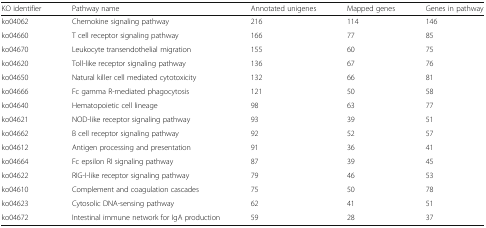
| KO identifier | Pathway name | Annotated unigenes | Mapped genes | Genes in pathway |
 | --- | --- | --- | --- | --- |
 | ko04062 | Chemokine signaling pathway | 216 | 114 | 146 |
 | ko04660 | T cell receptor signaling pathway | 166 | 77 | 85 |
 | ko04670 | Leukocyte transendothelial migration | 155 | 60 | 75 |
 | ko04620 | Toll-like receptor signaling pathway | 136 | 67 | 76 |
 | ko04650 | Natural killer cell mediated cytotoxicity | 132 | 66 | 81 |
 | ko04666 | Fc gamma R-mediated phagocytosis | 121 | 50 | 58 |
 | ko04640 | Hematopoietic cell lineage | 98 | 63 | 77 |
 | ko04621 | NOD-like receptor signaling pathway | 93 | 39 | 51 |
 | ko04662 | B cell receptor signaling pathway | 92 | 52 | 57 |
 | ko04612 | Antigen processing and presentation | 91 | 36 | 41 |
 | ko04664 | Fc epsilon RI signaling pathway | 87 | 39 | 45 |
 | ko04622 | RIG-I-like receptor signaling pathway | 79 | 46 | 53 |
 | ko04610 | Complement and coagulation cascades | 75 | 50 | 78 |
 | ko04623 | Cytosolic DNA-sensing pathway | 62 | 41 | 51 |
 | ko04672 | Intestinal immune network for IgA production | 59 | 28 | 37 |